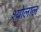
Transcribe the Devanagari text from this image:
श्योलाल